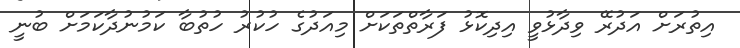
އިތުރަށް އަދުރޭ ވިދާޅުވީ އިދިކޮޅު ފަރާތްތަކަށް މިއަދުގެ ހުކުރު ހުތުބާ ކަމުނުދާކަމަށް ބުނީ